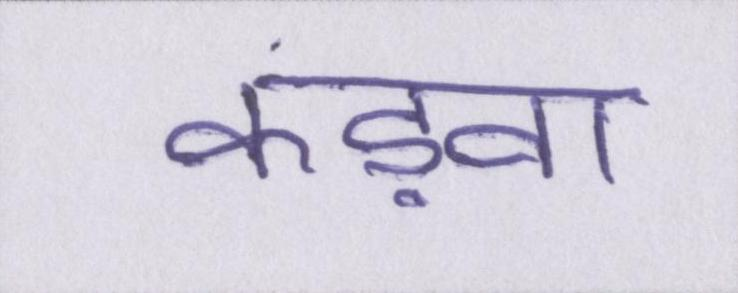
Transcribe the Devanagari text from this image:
कड़वा